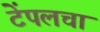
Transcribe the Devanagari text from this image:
टेंपलचा